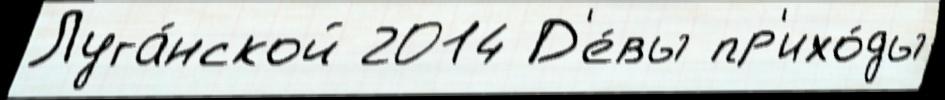
Луга́нской 2014 Д'е́вы пр'ихо́ды